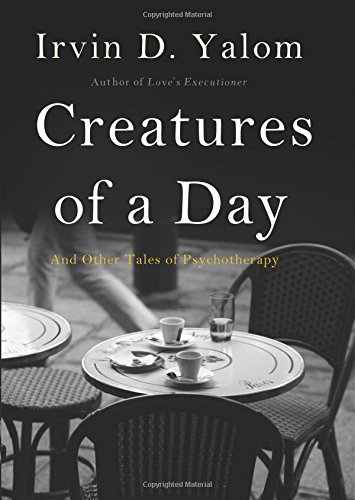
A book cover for Creatures of a Day: And Other Tales of Psychotherapy; Irvin D. Yalom; Literature & Fiction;